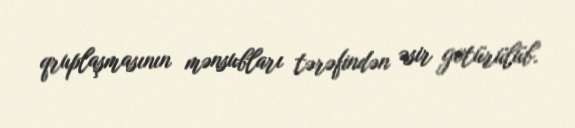
qruplaşmasının mənsubları tərəfindən əsir götürülüb.